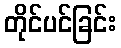
တိုင်ပင်ခြင်း